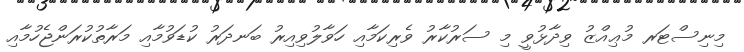
މިނިސްޓަރ މުޢިއްޒު ވިދާޅުވީ މި ސަރުކާރު ވެރިކަމާއި ހަވާލުވިިއިރު ބަނދަރު ކުޑަވުމާއި މަރާތުކުރަންޖެހުމާއި